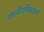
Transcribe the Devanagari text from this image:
रणजीतसिंहाच्या